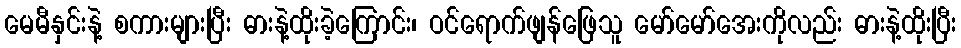
မေမီနှင်းနဲ့ စကားများပြီး ဓားနဲ့ထိုးခဲ့ကြောင်း၊ ဝင်ရောက်ဖျန်ဖြေသူ မော်မော်အေးကိုလည်း ဓားနဲ့ထိုးပြီး